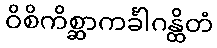
ဝိစိကိစ္ဆာကင်္ခါဂန္ထိတံ